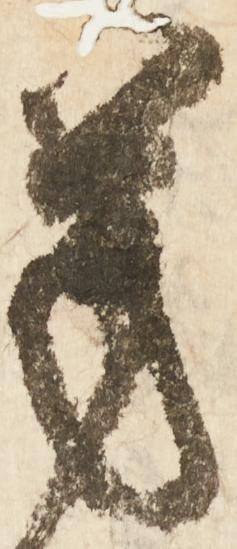
芳